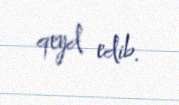
qeyd edib.